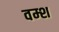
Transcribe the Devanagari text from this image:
वम्श